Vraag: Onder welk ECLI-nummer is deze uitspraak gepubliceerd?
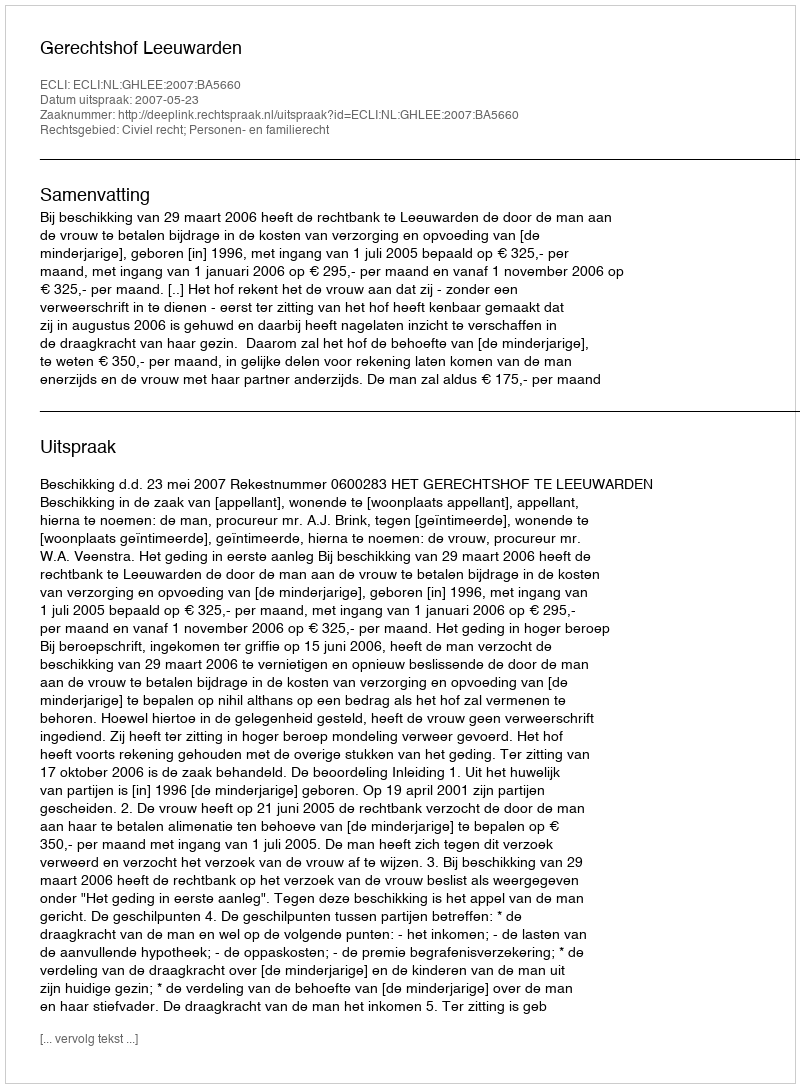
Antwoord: ECLI:NL:GHLEE:2007:BA5660